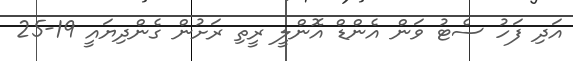
އަދި ފަހު ސެޓު ވަން އެންޑް އޮންލީ ރީތި ރަށުން ގެންދިޔައީ 19-25